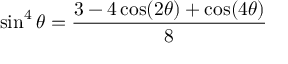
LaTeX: \sin ^ { 4 } \theta = { \frac { 3 - 4 \cos ( 2 \theta ) + \cos ( 4 \theta ) } { 8 } }